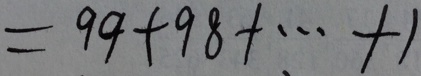
= 9 9 + 9 8 + \cdots + 1